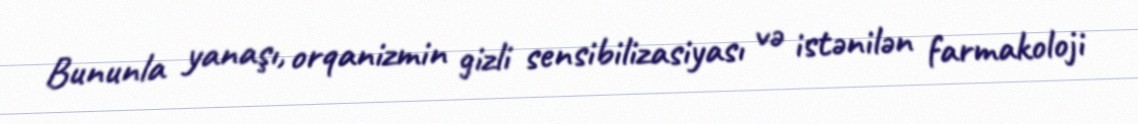
Bununla yanaşı, orqanizmin gizli sensibilizasiyası və istənilən farmakoloji